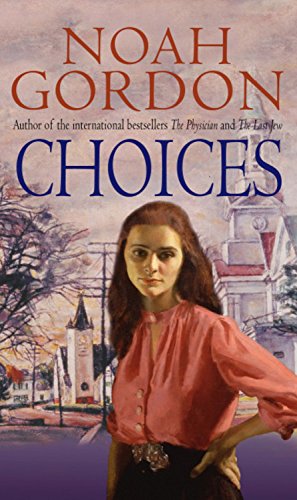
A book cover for Choices (Cole); Noah Gordon; Literature & Fiction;